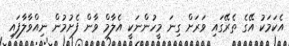
އެކަމަކު އޭގެ ތެރޭގައި ވަރަށް ގިނަ މީހުންނަކީ އެލާމް ވާން ފެށުމުން ނިއްވާލާފައި